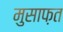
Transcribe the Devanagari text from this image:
मुसाफ़त